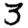
Digit: 3